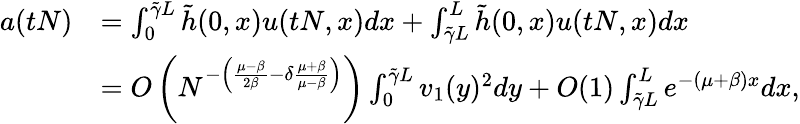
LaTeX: \begin{array}{rl}{a(tN)}&{=\int_{0}^{\tilde{\gamma}L}\tilde{h}(0,x)u(tN,x)dx+\int_{\tilde{\gamma}L}^{L}\tilde{h}(0,x)u(tN,x)dx}\\ &{=O\left(N^{-\left(\frac{\mu-\beta}{2\beta}-\delta\frac{\mu+\beta}{\mu-\beta}\right)}\right)\int_{0}^{\tilde{\gamma}L}v_{1}(y)^{2}dy+O(1)\int_{\tilde{\gamma}L}^{L}e^{-(\mu+\beta)x}dx,}\end{array}